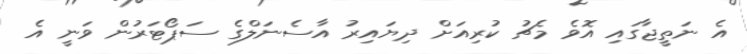
އެ ނަތީޖާގައި އޮވެ މެޗު ކުރިއަށް ދިޔައިރު އާސެނަލްގެ ސަޕޯޓަރުން ވަނީ އެ